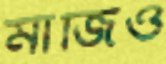
মাজিও